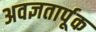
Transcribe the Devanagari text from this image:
अवज्ञतार्पूक